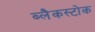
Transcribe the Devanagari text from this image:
ब्लैकस्टोक